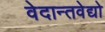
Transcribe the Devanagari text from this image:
वेदान्तवेद्यो